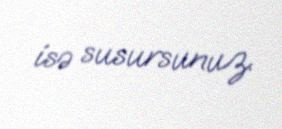
isə susursunuz.